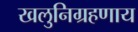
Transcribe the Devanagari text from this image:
खलुनिग्रहणाय